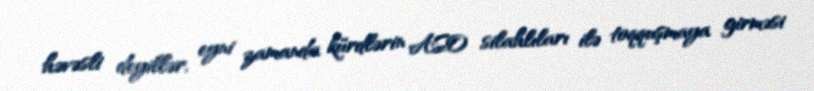
həvəsli deyillər, eyni zamanda kürdlərin ASO silahlıları ilə toqquşmaya girməsi